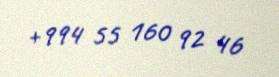
+994 55 160 92 46